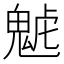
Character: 𩲼